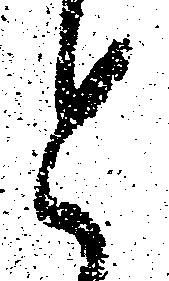
と